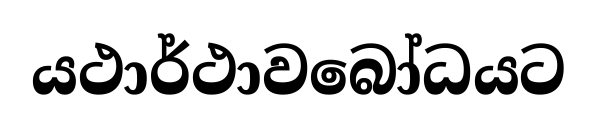
යථාර්ථාවබෝධයට